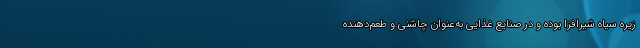
زیره سیاه شیرافزا بوده و در صنایع غذایی به‌عنوان چاشنی و طعم‌دهنده